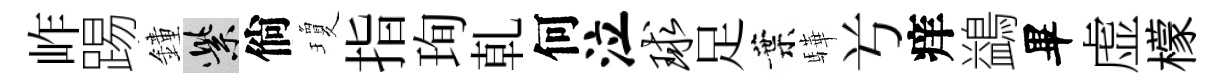
岞踢鐘紫倘瓊指珣乹何泣球足葉驊𠔃痒鷁畢虚檬